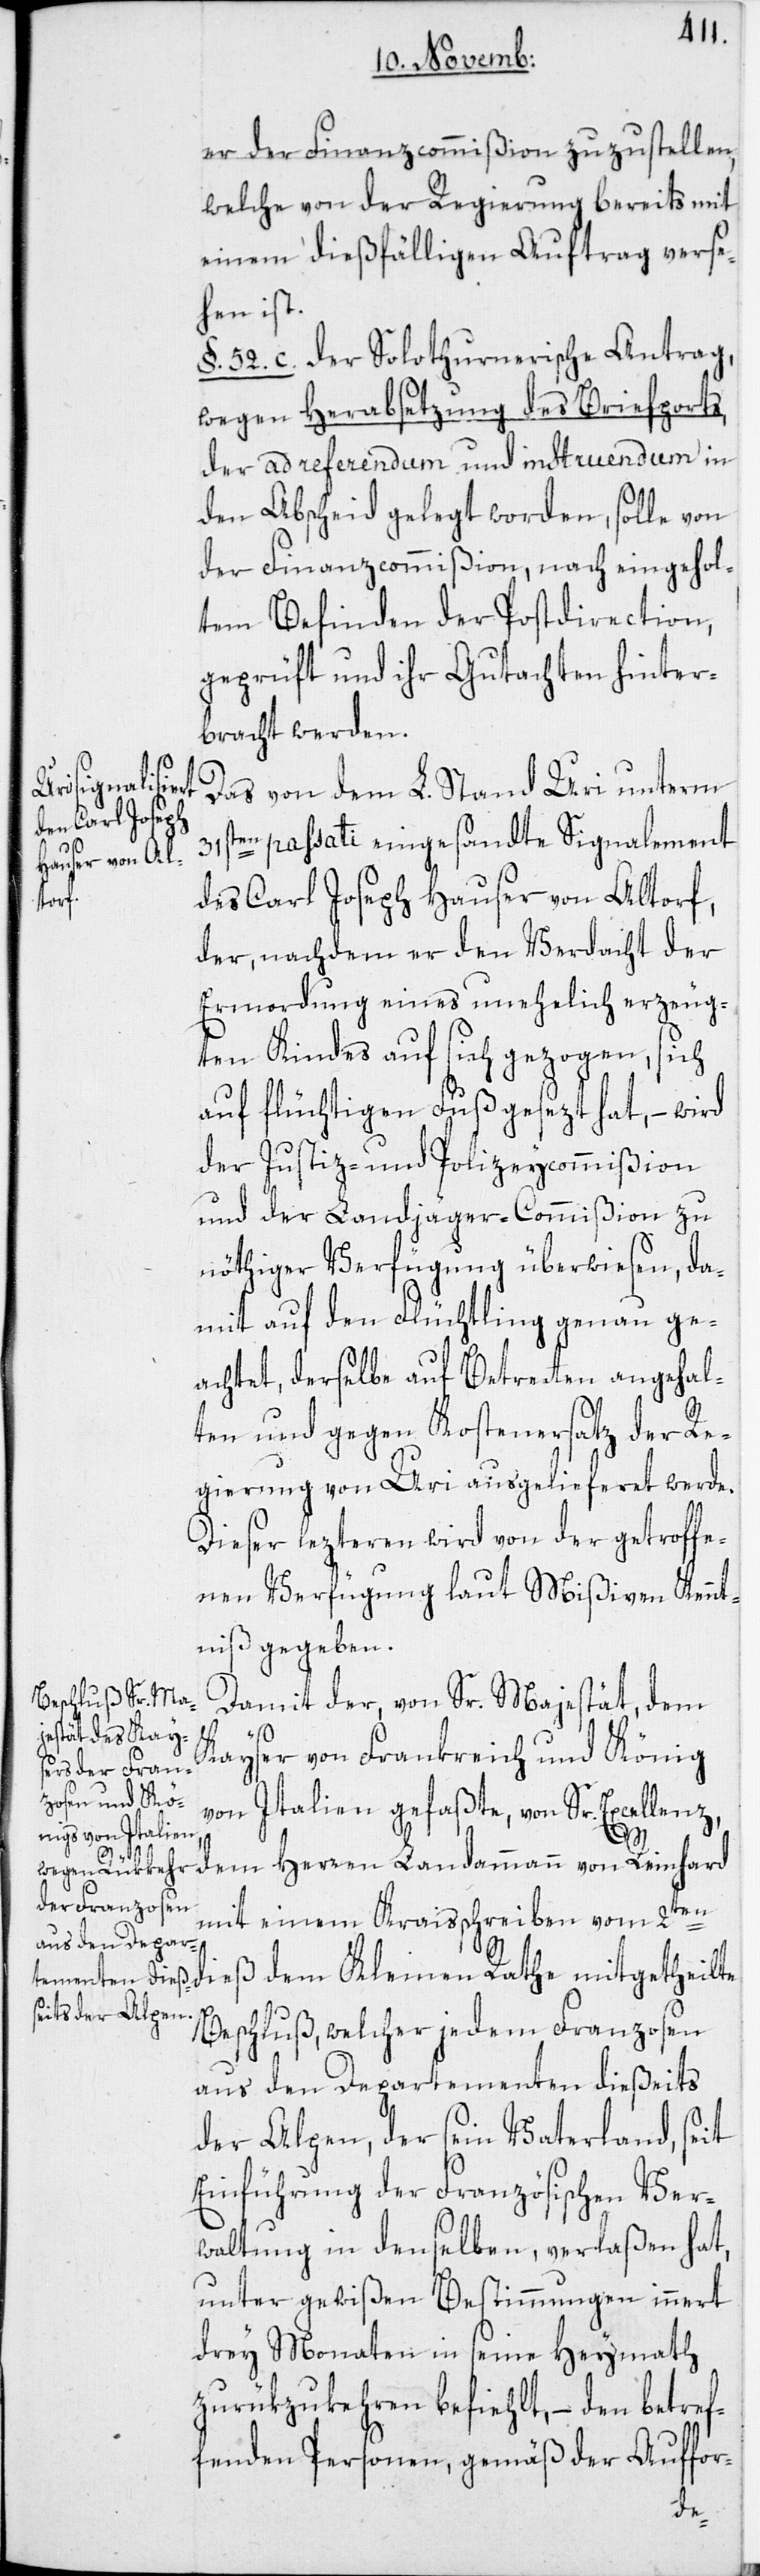
er der Finanzcommißion zuzustellen,
welche von der Regierung bereits mit
einem dießfälligen Auftrag verse¬
hen ist.
§. 52. c. Der Solothurnerische Antrag,
wegen Herabsetzung des Briefports,
der ad referendum und instruendum in
den Abscheid gelegt worden, solle von
der Finanzcommißion, nach eingehol¬
tem Befinden der Postdirection,
geprüft und ihr Gutachten hinter¬
bracht werden.
Das von dem L. Stand Uri unterm
31sten passati eingesandte Signalement
von
des Carl Joseph Hauser von Altorf,
der, nachdem er den Verdacht der
Ermordung eines unehelich erzeug¬
ten Kindes auf sich gezogen, sich
auf flüchtigen Fuß gesezt hat, – wird
der Justiz- und Polizeycommißion
und der Landjäger-Commißion zu
nöthiger Verfügung überwiesen, da¬
mit auf den Flüchtling genau ge¬
achtet, derselbe auf Betretten angehal¬
ten und gegen Kostenersatz der Re¬
gierung von Uri ausgelieferet werde.
Dieser lezteren wird von der getroffe¬
nen Verfügung laut Mißiven Kennt¬
niß gegeben.
Damit der, von Sr. Majestät, dem
Kayser von Frankreich und König
von Italien gefaßte, von Sr. Excellenz,
ren
mit einem Kraisschreiben vom 2t¬
en dieß dem Kleinen Rathe mitgetheilte
Beschluß, welcher jedem Franzosen
aus den Departementen dießeits
der Alpen, der sein Vaterland, seit
Einführung der Französischen Ver¬
waltung in denselben, verlaßen hat,
unter gewißen Bestimmungen innert
drey Monaten in seine Heymath
zurükzukehren befiehlt, – den betref¬
fenden Personen, gemäß der Auffor-
dem